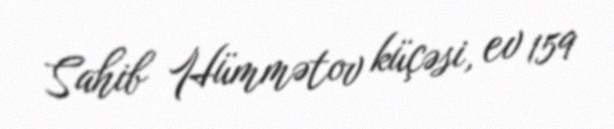
Sahib Hümmətov küçəsi, ev 159